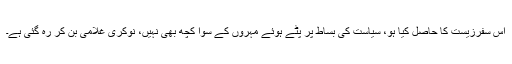
اس سفرزیست کا حاصل کیا ہو، سیاست کی بساط پر پٹے ہوئے مہروں کے سوا کچھ بھی نہیں، نوکری غلامی بن کر رہ گئی ہے۔